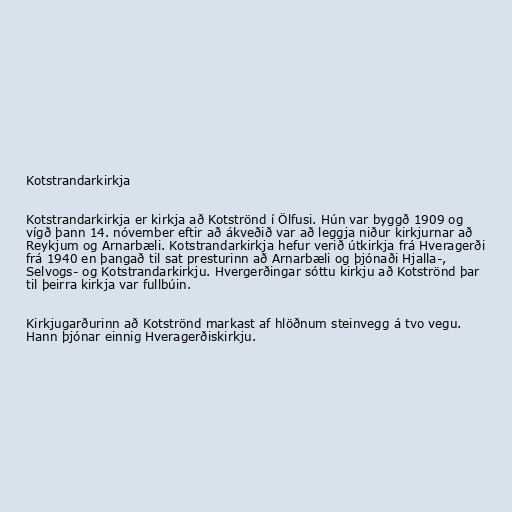
Kotstrandarkirkja

Kotstrandarkirkja er kirkja að Kotströnd í Ölfusi. Hún var byggð 1909 og
vígð þann 14. nóvember eftir að ákveðið var að leggja niður kirkjurnar að
Reykjum og Arnarbæli. Kotstrandarkirkja hefur verið útkirkja frá Hveragerði
frá 1940 en þangað til sat presturinn að Arnarbæli og þjónaði Hjalla-,
Selvogs- og Kotstrandarkirkju. Hvergerðingar sóttu kirkju að Kotströnd þar
til þeirra kirkja var fullbúin.

Kirkjugarðurinn að Kotströnd markast af hlöðnum steinvegg á tvo vegu.
Hann þjónar einnig Hveragerðiskirkju.